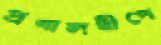
প্রবালদ্বীপে